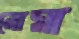
রোমা